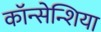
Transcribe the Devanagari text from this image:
कॉन्सेन्शिया